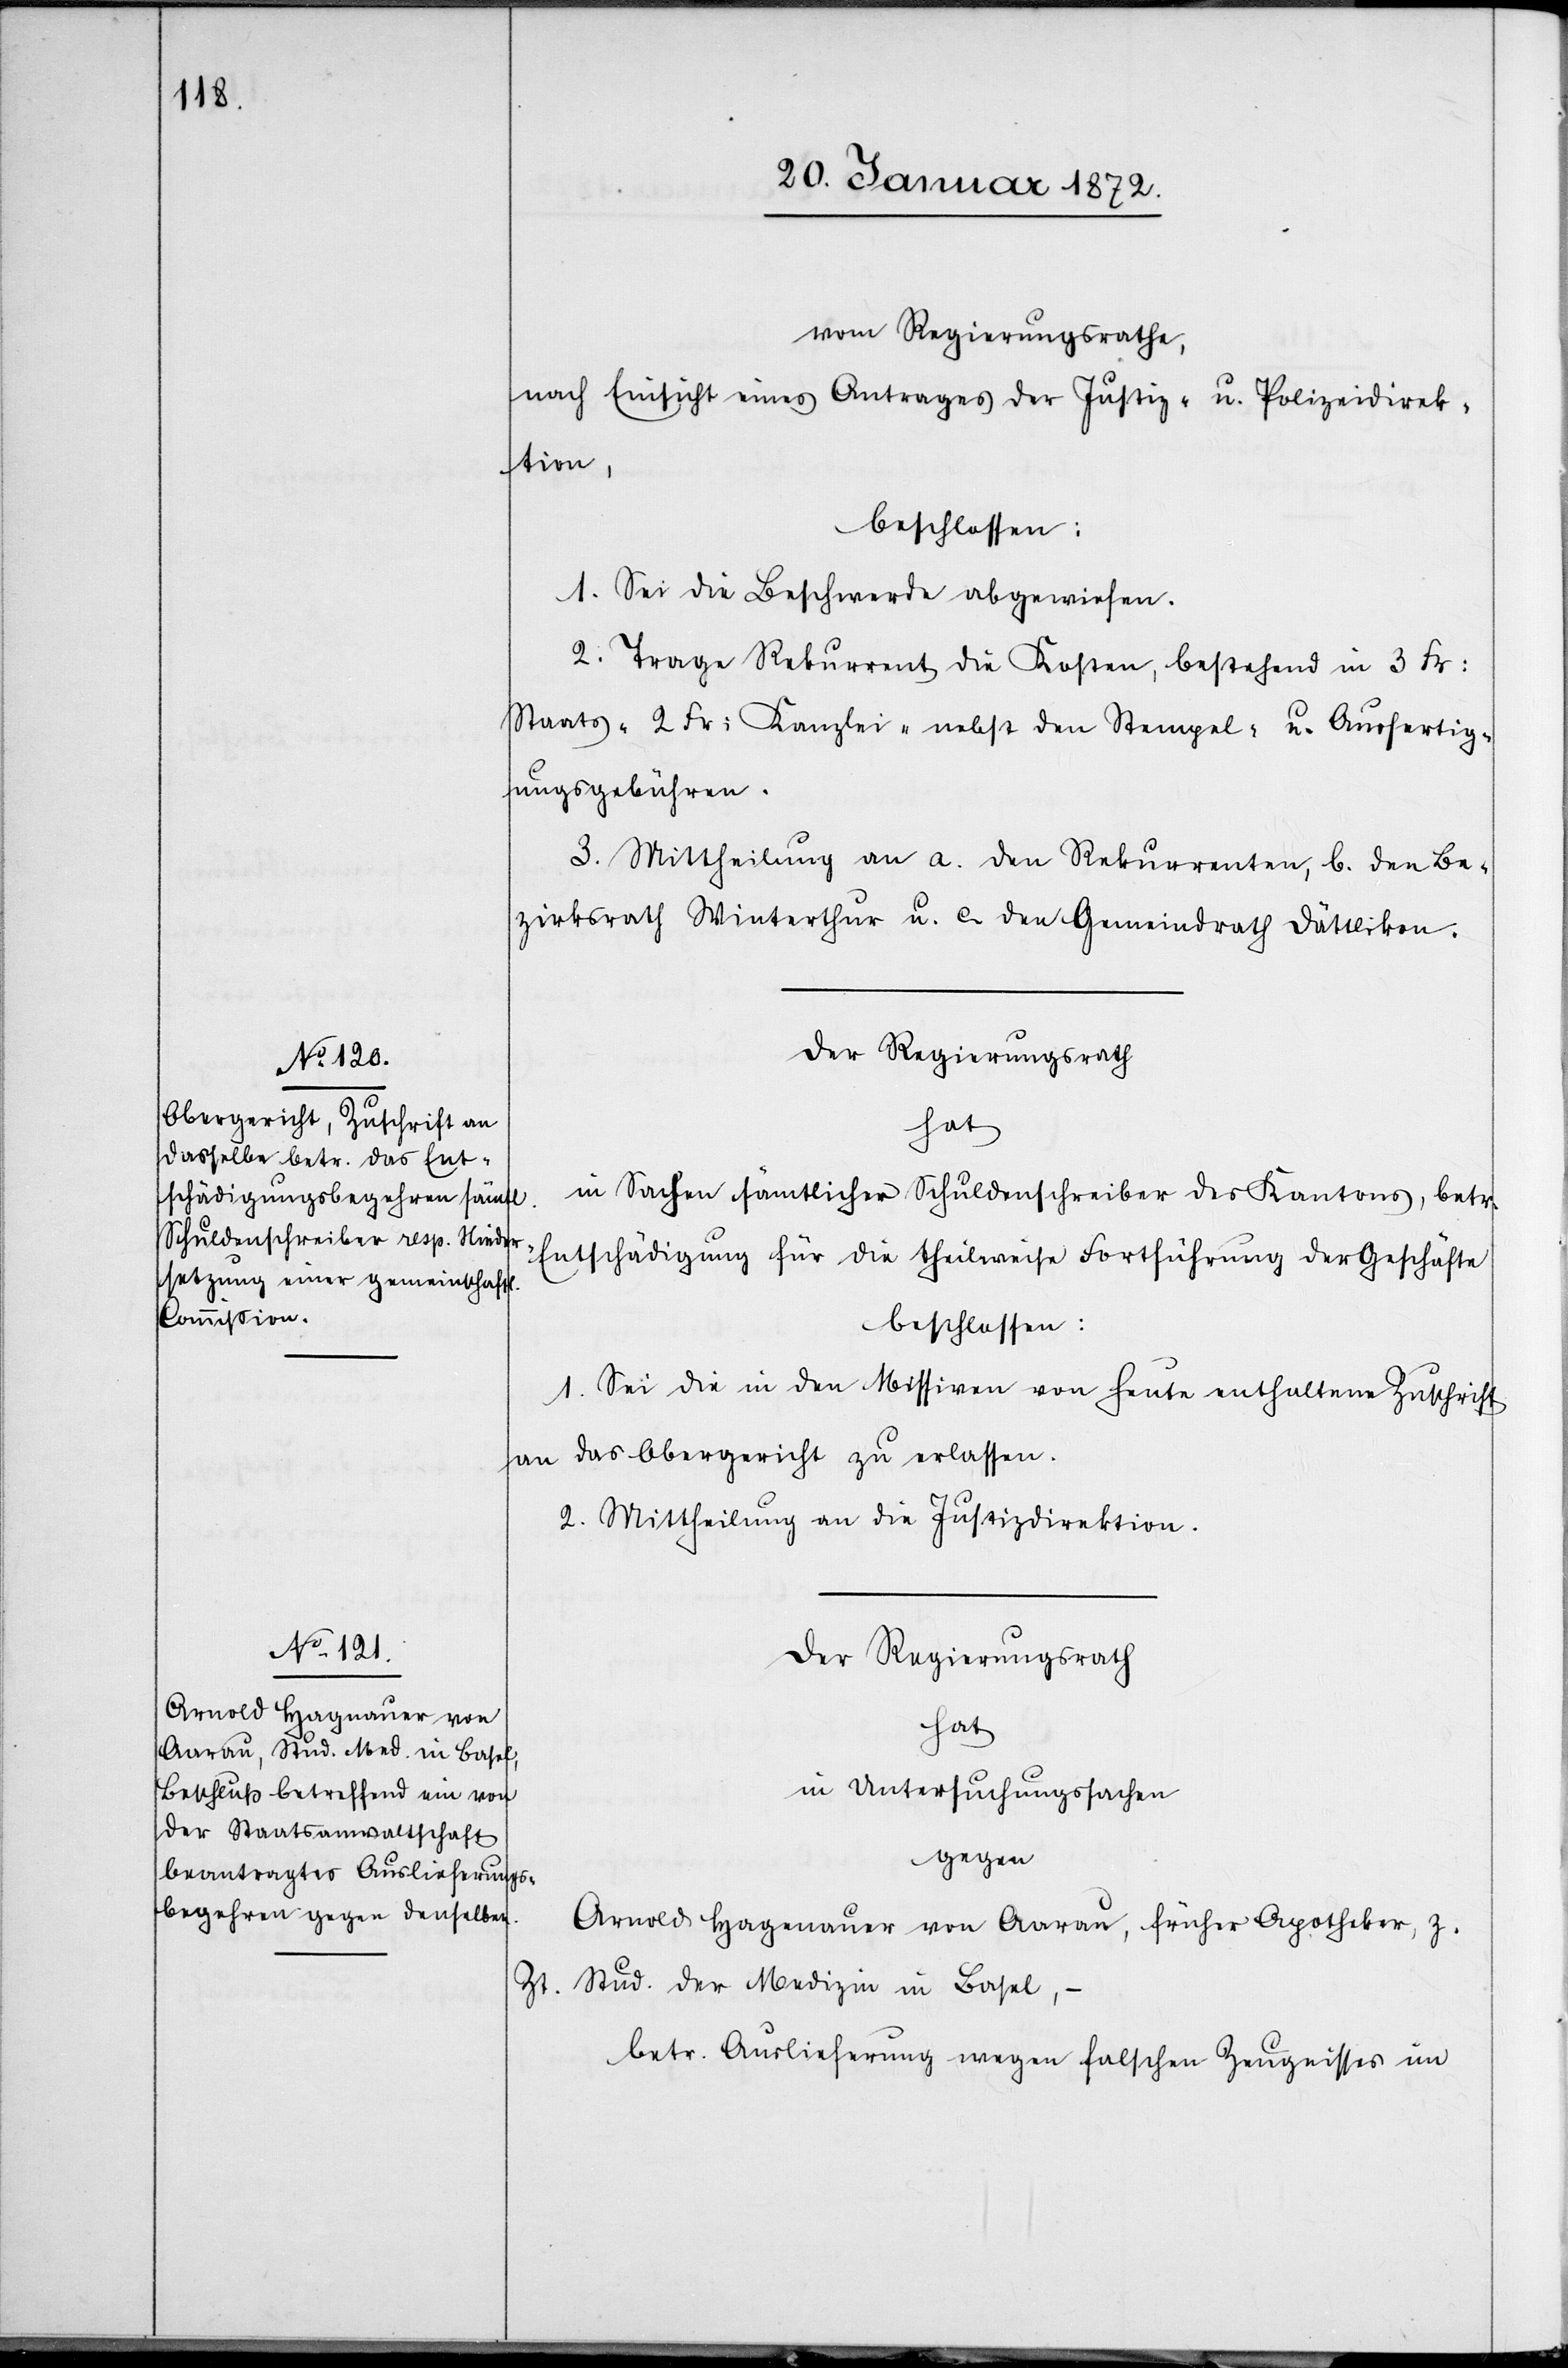
Zt.

vom Regierungsrathe,
nach Einsicht eines Antrages der Justiz- u. Polizeidirek¬
tion,
beschlossen:
1. Sei die Beschwerde abgewiesen.
2. Trage Rekurrent die Kosten, bestehend in 3. Fr:
Staats- 2 Fr: Kanzlei- nebst den Stempel- u. Ausfertig¬
ungsgebühren.
3. Mittheilung an a. den Rekurrenten, b. den Be¬
zirksrath Winterthur u. c. den Gemeindrath Dättlikon.
Der Regierungsrath
hat
in Sachen sämtlicher Schuldenschreiben des Kantons, betr.
Entschädigung für die theilweise Fortführung der Geschäfte
beschlossen:
1. Sei die in den Missiven von heute enthaltene Zuschrift
an das Obergericht zu erlassen.
2. Mittheilung an die Justizdirektion.
Der Regierungsrath
hat
in Untersuchungssachen
gegen
Arnold Hagenauer [sic!] von Aarau, früher Apotheker, z.
Stud. der Medizin in Basel,
betr. Auslieferung wegen falschen Zeugnisses im